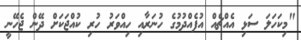
"މިކަހަލަ ސަޅި އެއްޗެއް އުފެއްދުމުގެ ހުނަރާއި ހިއްވަރު ހުރި ކުއްޖަކަށް ދޭން ޖެހޭނީ